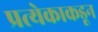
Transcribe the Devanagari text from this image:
प्रत्येकाकडून